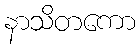
နာသိတကော